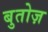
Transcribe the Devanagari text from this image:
बुतोज़